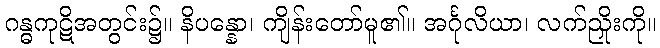
ဂန္ဓကုဋိအတွင်း၌။ နိပန္နော၊ ကျိန်းတော်မူ၏။ အင်္ဂုလိယာ၊ လက်ညှိုးကို။